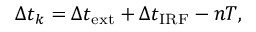
\Delta t _ { k } = \Delta t _ { \mathrm { e x t } } + \Delta t _ { \mathrm { I R F } } - n T ,